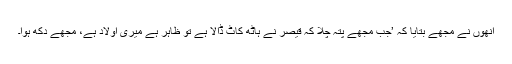
انھوں نے مجھے بتایا کہ ’جب مجھے پتہ چلا کہ قیصر نے ہاٹھ کاٹ ڈالا ہے تو ظاہر ہے میری اولاد ہے، مجھے دکھ ہوا۔